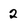
Character: 2